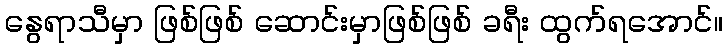
နွေရာသီမှာ ဖြစ်ဖြစ် ဆောင်းမှာဖြစ်ဖြစ် ခရီး ထွက်ရအောင်။